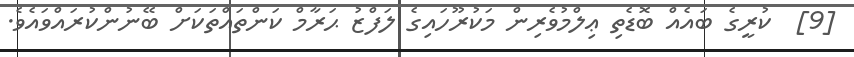
[9]  ކުރީގެ ބައެއް ބޮޑެތި ޢިލްމުވެރިން މަކުރޫހައިގެ ލަފްޒު ޙަރާމް ކަންތައްތަކަށް ބޭނުންކުރައްވައެވެ.